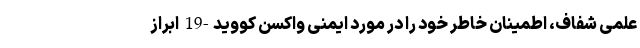
علمی شفاف، اطمینان خاطر خود را در مورد ایمنی واکسن کووید-19 ابراز